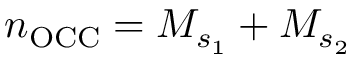
n _ { \mathrm { O C C } } = M _ { s _ { 1 } } + M _ { s _ { 2 } }